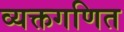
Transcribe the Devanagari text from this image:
व्यक्तगणित